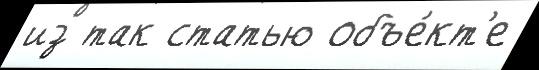
из так статью объе́кт'е